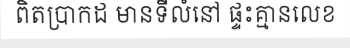
ពិតប្រាកដ មានទីលំនៅ ផ្ទះគ្មានលេខ